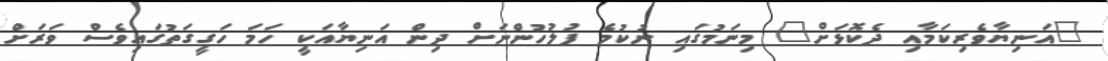
"އަނިޔާވެރިކަމާއި ދެކޮޅަށް" މިނަމުގައި ނުކުމެ ފުލުހުންނަށް ދިން އަނިޔާއަކީ ހަމަ ހަގީގަތުގައިވެސް ވަރަށް